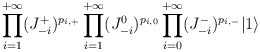
\begin{align*} \prod_{i=1}^{+\infty} (J^+_{-i})^{p_{i,+}}\prod_{i=1}^{+\infty} (J^0_{-i})^{p_{i,0}} \prod_{i=0}^{+\infty}(J^-_{-i})^{p_{i,-}} |1 \rangle\end{align*}